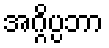
အဂ္ဂိပ္ပဘာ